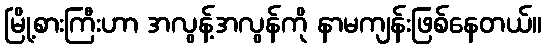
မြို့စားကြီးဟာ အလွန့်အလွန်ကို နာမကျန်းဖြစ်နေတယ်။